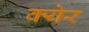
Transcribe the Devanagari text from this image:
क्येर